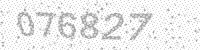
Solution: 076827